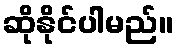
ဆိုနိုင်ပါမည်။